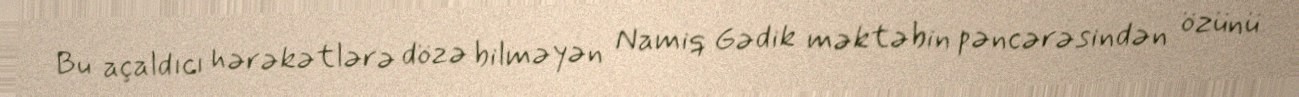
Bu açaldıcı hərəkətlərə dözə bilməyən Namiq Gədik məktəbin pəncərəsindən özünü